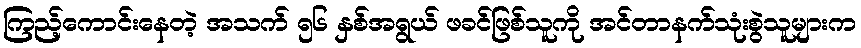
ကြည့်ကောင်းနေတဲ့ အသက် ၅၆ နှစ်အရွယ် ဖခင်ဖြစ်သူကို အင်တာနက်သုံးစွဲသူများက